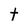
Character: t